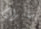
مايرام